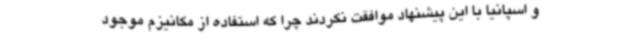
و اسپانیا با این پیشنهاد موافقت نکردند چرا که استفاده از مکانیزم موجود